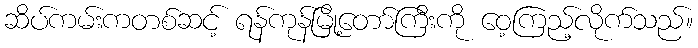
ဆိပ်ကမ်းကတစ်ဆင့် ရန်ကုန်မြို့တော်ကြီးကို ဝေ့ကြည့်လိုက်သည်။